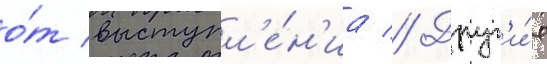
о́т выступл'е́н'иа // Друг'и́е